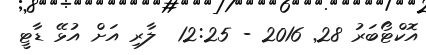
އޮކްޓޯބަރު 28